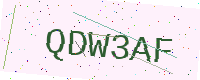
Text: QDW3AF